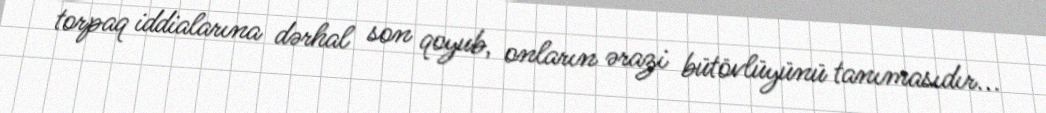
torpaq iddialarına dərhal son qoyub, onların ərazi bütövlüyünü tanımasıdır...